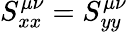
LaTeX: S_{xx}^{\mu\nu}=S_{yy}^{\mu\nu}